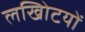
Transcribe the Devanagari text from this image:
लखोिटयों